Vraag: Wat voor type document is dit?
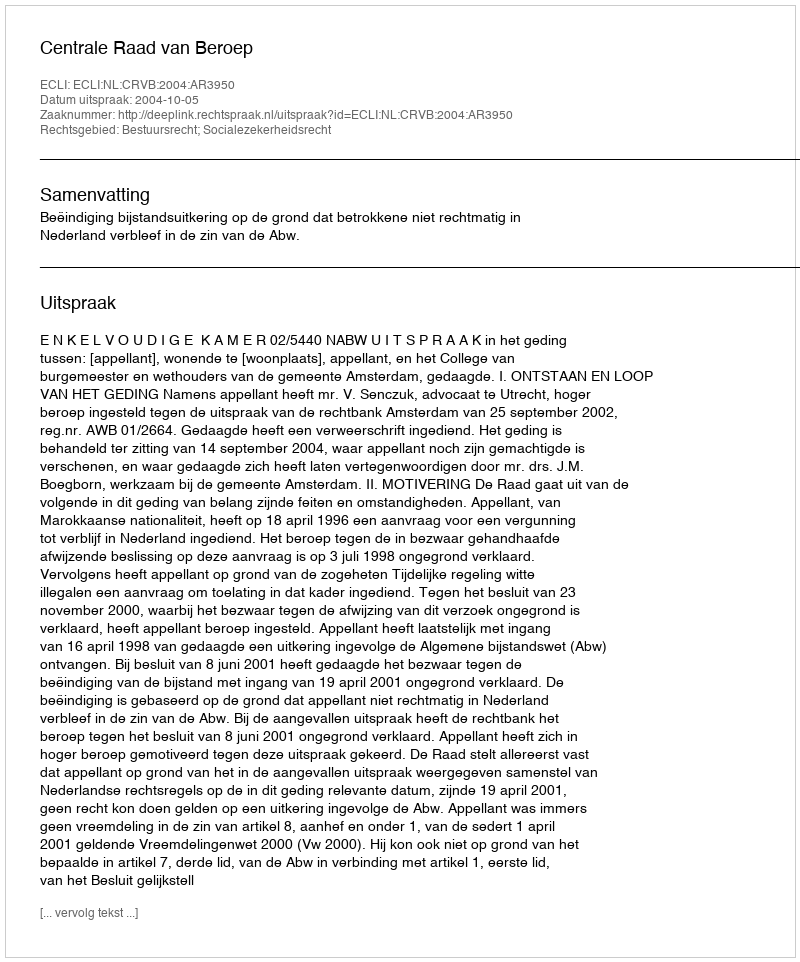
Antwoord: Uitspraak